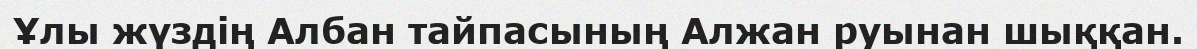
Ұлы жүздің Албан тайпасының Алжан руынан шыққан.